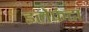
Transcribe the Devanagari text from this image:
इलेफंटा